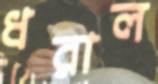
ধরাল